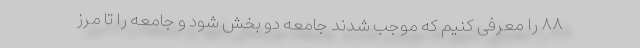
۸۸ را معرفی کنیم که موجب شدند جامعه دو بخش شود و جامعه را تا مرز